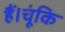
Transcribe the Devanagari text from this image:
हैं।चूंकि